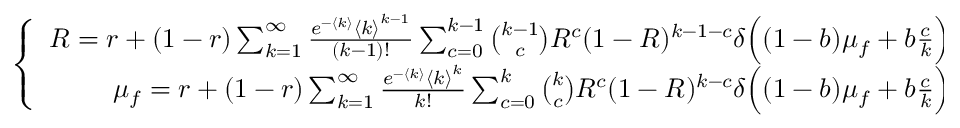
\left\{ \begin{array} { r } { R = r + ( 1 - r ) \sum _ { k = 1 } ^ { \infty } \frac { e ^ { - \langle k \rangle } { \langle k \rangle } ^ { k - 1 } } { ( k - 1 ) ! } \sum _ { c = 0 } ^ { k - 1 } \binom { k - 1 } { c } R ^ { c } ( 1 - R ) ^ { k - 1 - c } \delta \Big ( ( 1 - b ) \mu _ { f } + b \frac { c } { k } \Big ) , } \\ { \mu _ { f } = r + ( 1 - r ) \sum _ { k = 1 } ^ { \infty } \frac { e ^ { - \langle k \rangle } { \langle k \rangle } ^ { k } } { k ! } \sum _ { c = 0 } ^ { k } \binom { k } { c } R ^ { c } ( 1 - R ) ^ { k - c } \delta \Big ( ( 1 - b ) \mu _ { f } + b \frac { c } { k } \Big ) , } \end{array} \right.